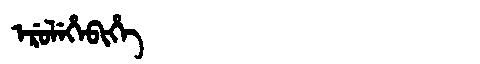
Manchu: ᡝᡵᡠᠯᡝᡥᡝᠪᡳᡥᡝ
Romanization: ERULEHEBIHE